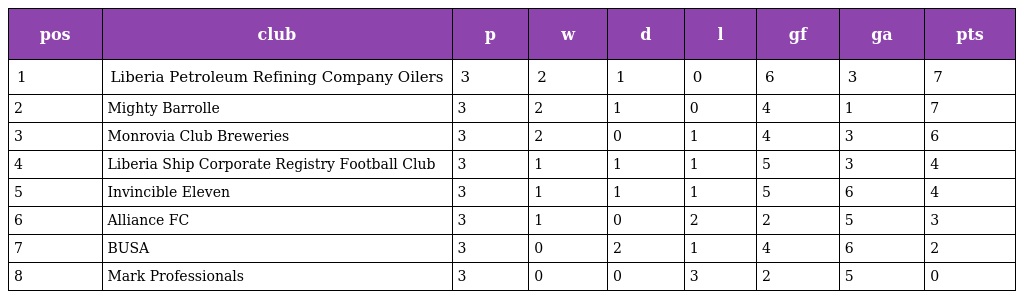
| pos | club | p | w | d | l | gf | ga | pts |
 | --- | --- | --- | --- | --- | --- | --- | --- | --- |
 | 1 | Liberia Petroleum Refining Company Oilers | 3 | 2 | 1 | 0 | 6 | 3 | 7 |
 | 2 | Mighty Barrolle | 3 | 2 | 1 | 0 | 4 | 1 | 7 |
 | 3 | Monrovia Club Breweries | 3 | 2 | 0 | 1 | 4 | 3 | 6 |
 | 4 | Liberia Ship Corporate Registry Football Club | 3 | 1 | 1 | 1 | 5 | 3 | 4 |
 | 5 | Invincible Eleven | 3 | 1 | 1 | 1 | 5 | 6 | 4 |
 | 6 | Alliance FC | 3 | 1 | 0 | 2 | 2 | 5 | 3 |
 | 7 | BUSA | 3 | 0 | 2 | 1 | 4 | 6 | 2 |
 | 8 | Mark Professionals | 3 | 0 | 0 | 3 | 2 | 5 | 0 |